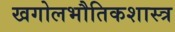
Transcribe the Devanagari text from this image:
खगोलभौतिकशास्त्र